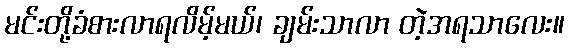
မင်းတို့ခံစားလာရလိမ့်မယ်၊ ချမ်းသာလာ တဲ့အရသာလေး။